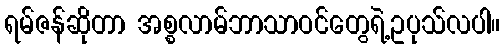
ရမ်ဇန်ဆိုတာ အစ္စလာမ်ဘာသာဝင်တွေရဲ့ဥပုသ်လပါ။